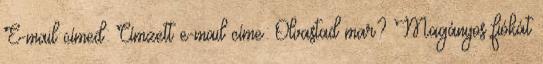
E-mail címed: Címzett e-mail címe: Olvastad mar? Magányos fiókát